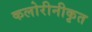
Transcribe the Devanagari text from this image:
कलोरीनीकृत